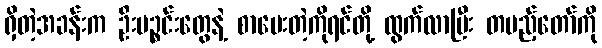
ရှိတဲ့အခန်းက ဦးပဉ္စင်းတွေနဲ့ စာပေးတဲ့ကိုရင်တို့ ထွက်လာပြီး တပည့်တော်ကို